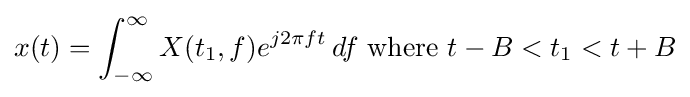
x(t)=\int _{-\infty }^{\infty }X(t_{1},f)e^{j2\pi ft}\,df{\text{ where }}t-B<t_{1}<t+B